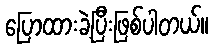
ပြောထားခဲ့ပြီးဖြစ်ပါတယ်။